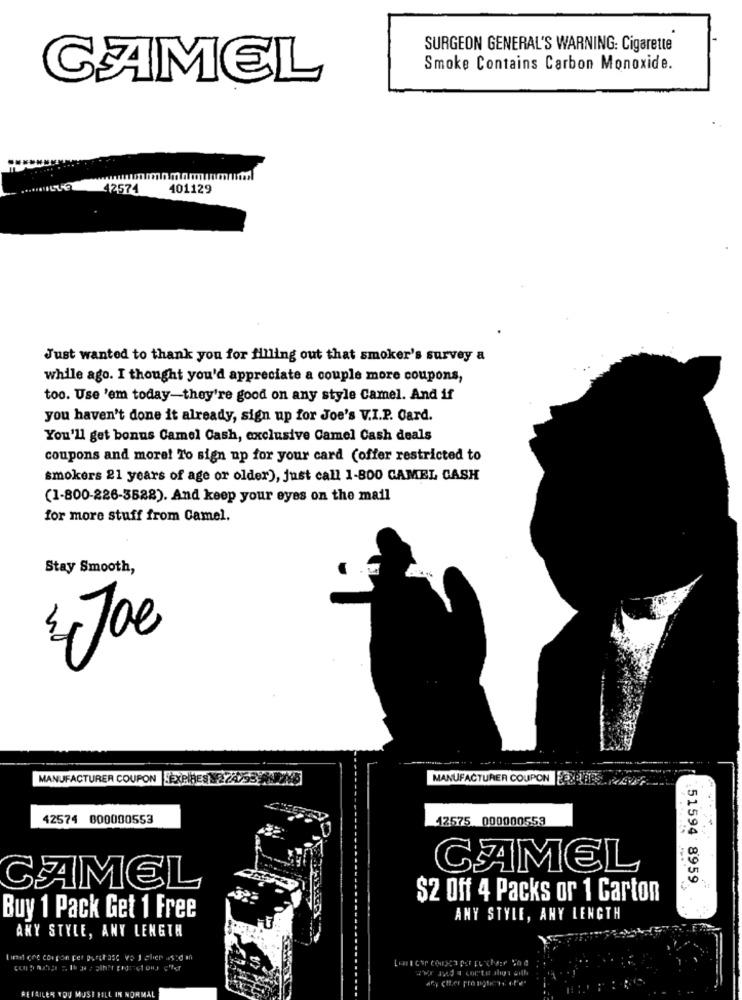
SURGEON GENERAL'S WARNING: Cigarette
Smoke Contains Carbon Monoxide.
CAMEL
42574
401129
Just wanted to thank you for filling out that smoker's survey a
while ago. I thought you'd appreciate a couple more coupons,
too. Use 'em today-they're good on any style Camel. And if
you haven't done it already, sign up for Joe's V.I.P. Card.
You'll get bonus Camel Cash, exclusive Camel Cash deals
coupons and more! To sign up for your card (offer restricted to
smokers 21 years of age or older), just call 1-800 CAMEL CASH
(1-800-226-3528). And keep your eyes on the mail
for more stuff from Camel.
Stay Smooth,
Joe
MANUFACTURER COUPON EXPIRES 22475
MANUFACTURER COUPON EXPIRES
42574 000000553
12575 000000559
CAMEL
51594 8959.
CAMEL
$2 Off 4 Packs or 1 Carton
Buy 1 Pack Get 1 Free
ANY STYLE, ANY LENGTH
ANY STYLE, ANY LENGTH
Limel one Con gon Fet purchase va ) =hier used an
ILER YOU MUS